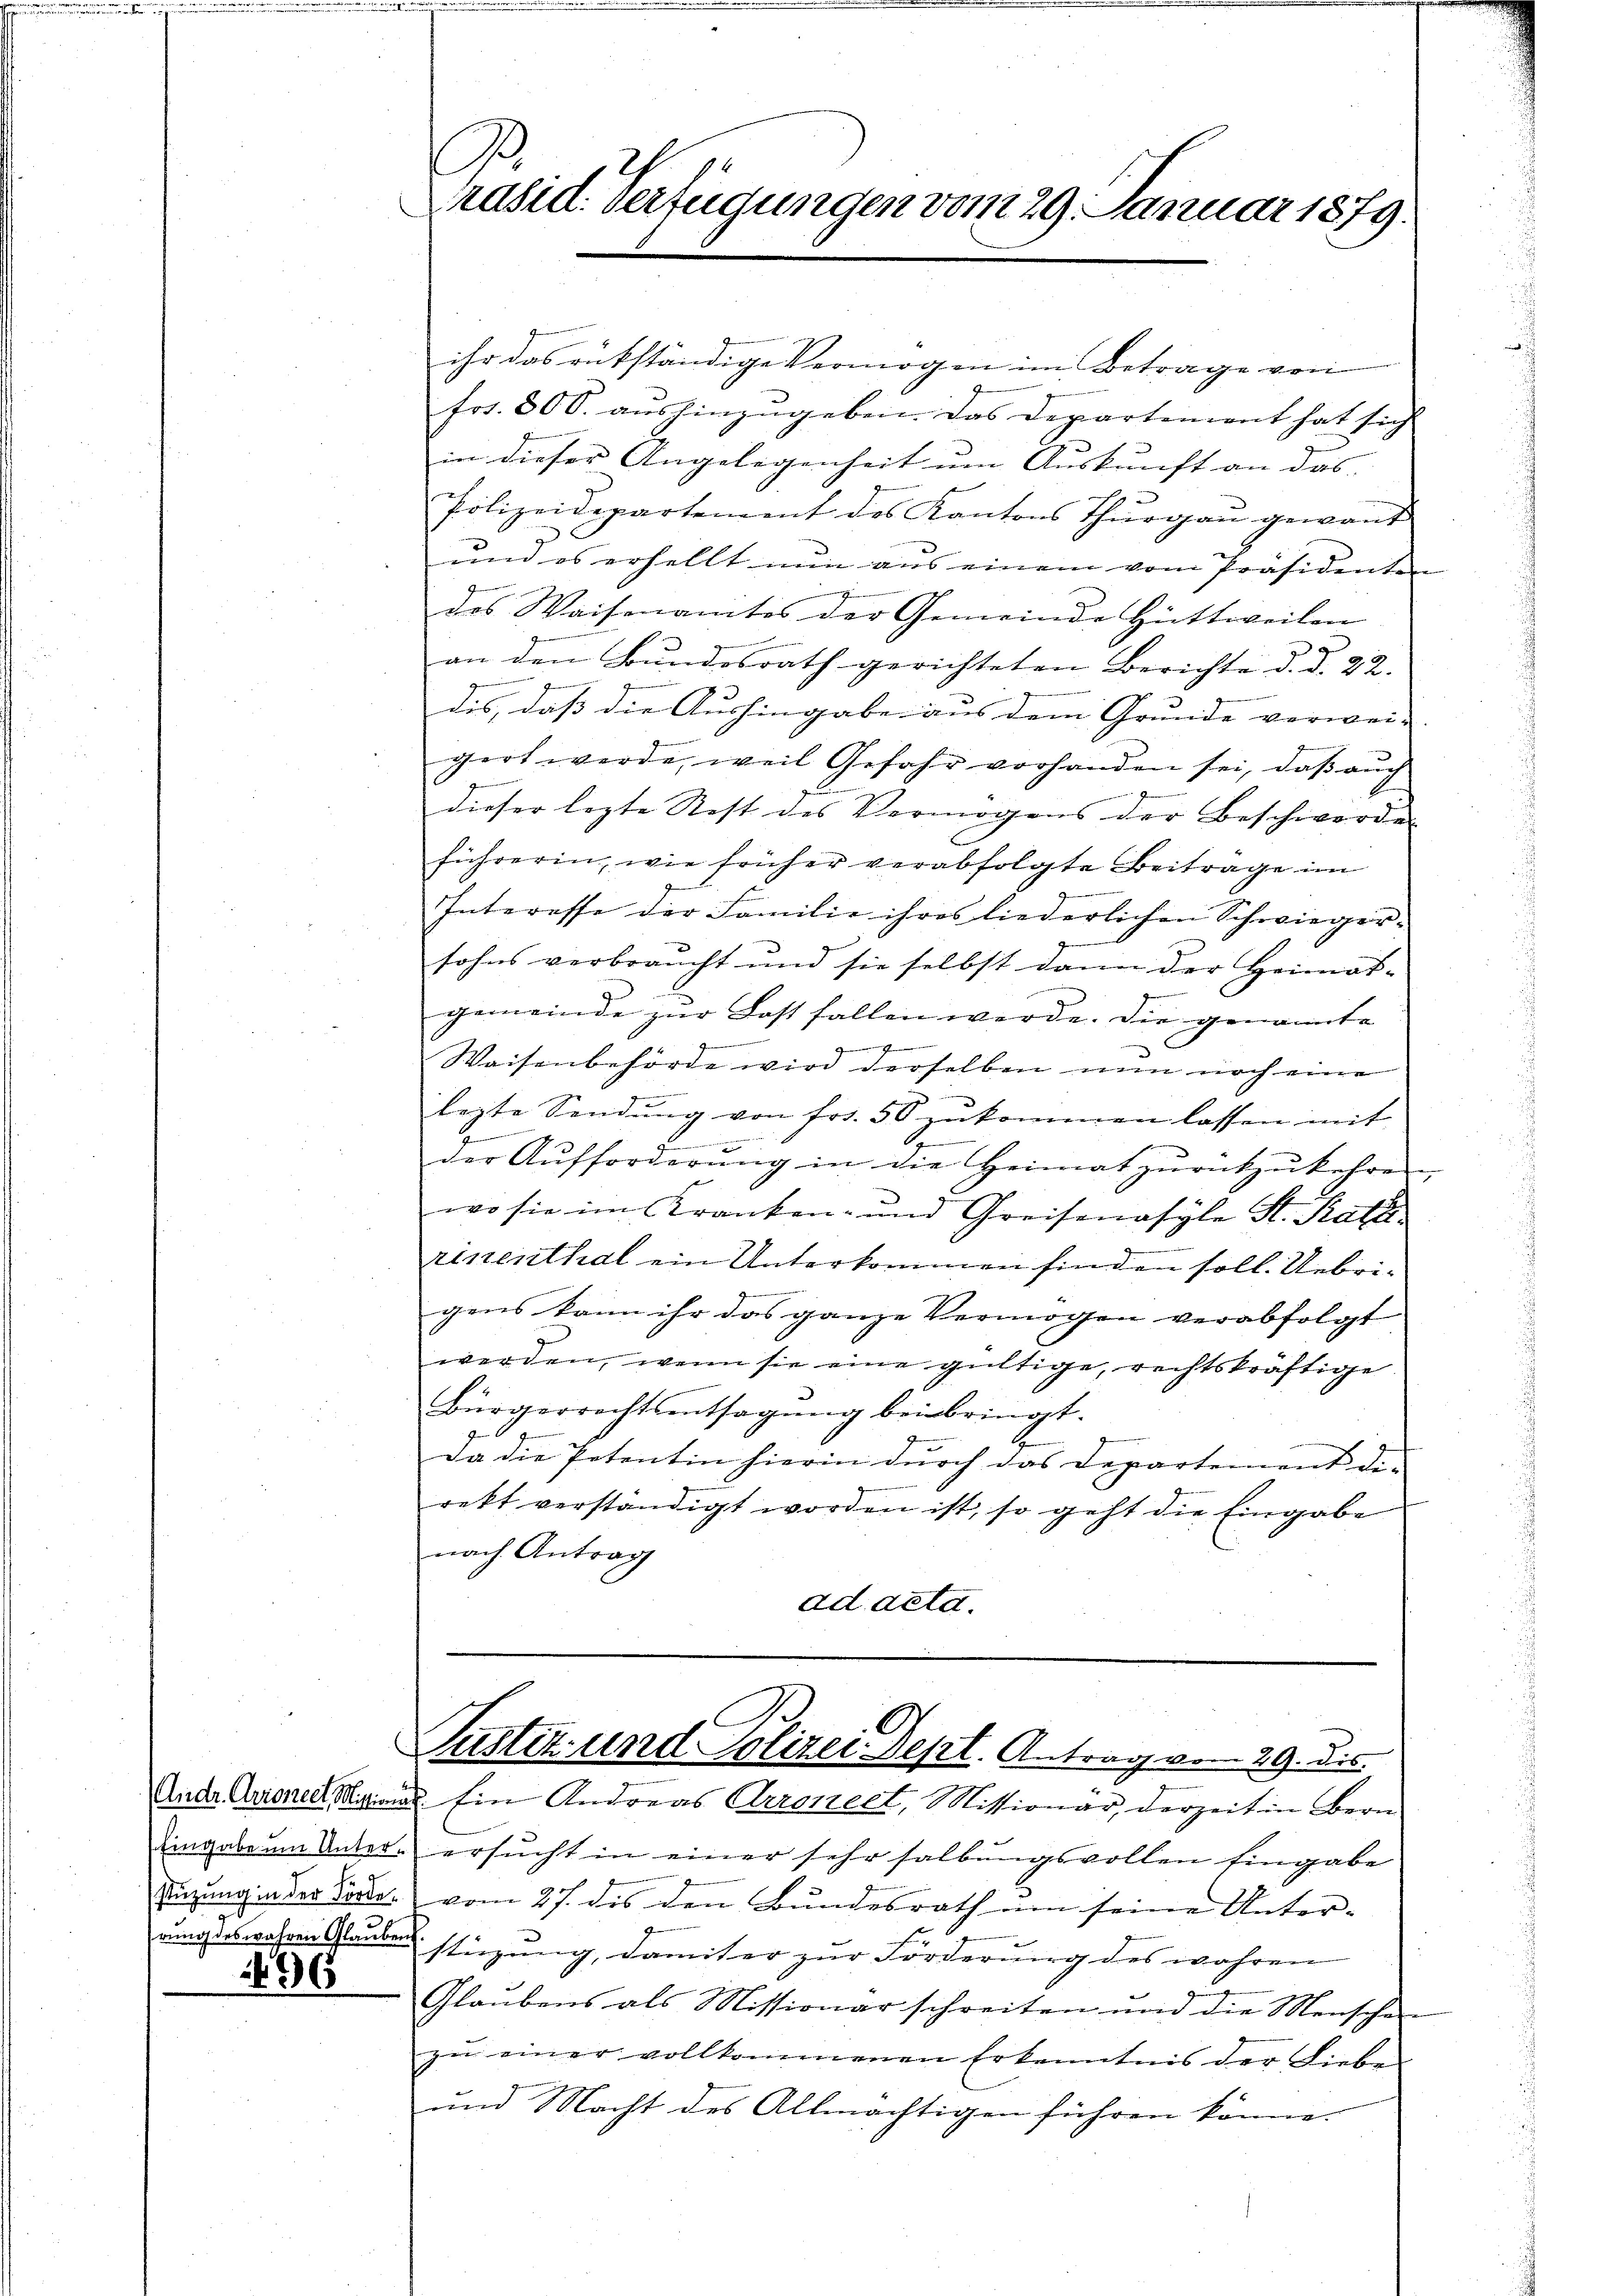
stüzung in der Förde.

36

Präsid. Verfügungen vom 29. Januar 1879.

Justiz und Polizei Dept. Antrag vom 29. dies
Ander Ariene Mit Ein Andreas Arronect, Missionär, derzeit in Bern

ihr das rükständige Vermögen im Betrage von
Frs. 80 S. aushinzugeben. Das Departiment hat sich
in dieser Angelegenheit um Auskunft an das |
Polizeidepartement des Kantons Thurgau gewant
und es erhellt nun aus einem vom Präsidenten
des Waisenamtes der Gemeinde Hüttweilen
an den Bundesrath gerichteten Berichte d. d. 22.
dis, daß die Aushingabe aus dem Grunde verwei- |
gert werde, weil Gefahr vorhanden sei, daß auch
dieser lezte Rest des Vermögens der Beschwerde
führerin, wie früher verabfolgte Beitrage im
Interesse der Familie ihres liederlichen Schwiegersohns verbraucht und sie selbst dann der Heimat-
gemeinde zur Last fallen werde. Die genannte
neien einigen
Gemeinen Ge
d
Waisenbehörde wird derselben nun noch eine
lezte Sendŭng von frs. 58 zŭkommen lassen mit
e
der Aufforderung in die Heimat zurückzukehren,
wo sie im Kranken- und Greisenasyle St. Kath
rinenthal ein Unterkommen hinden soll. Uebrigens kann ihr das ganze Vermögen verabfolgt
werden, wenn sie eine gültige, rechtskräftige
Bürgerrechts entsagung beibringt.
e
Da die Petentin hierin dŭrch das Departement de-
rekt verständigt worden ist, so geht die Eingabe
nach Antrag
ad acta.

Eingabe um Unter- ersucht in einer sehr salbungsvollen Eingabe
vom 27. des den Bundesrath um seine Unter-
dung wahren Glaubenssizung, damit er zur Förderung des wahren
Glaubens als Missionar schreiten und die Menschen
zŭ einer vollkommenen Erkenntnis der Lieben
und Macht des Allmächtigen führen könne.